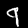
Digit: 9